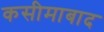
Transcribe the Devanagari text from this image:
कसीमाबाद